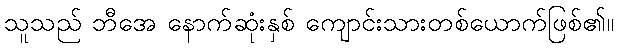
သူသည် ဘီအေ နောက်ဆုံးနှစ် ကျောင်းသားတစ်ယောက်ဖြစ်၏။